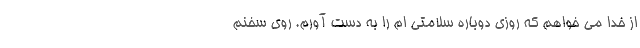
از خدا می خواهم که روزی دوباره سلامتی ام را به دست آورم. روی سخنم